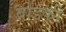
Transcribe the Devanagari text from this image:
बोडकी